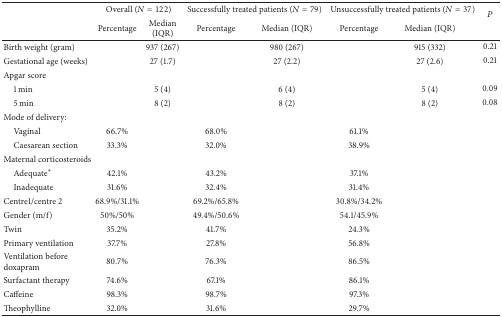
|  | <COLSPAN=2> Overall (N = 122) | <COLSPAN=2> Successfully treated patients (N = 79) | <COLSPAN=2> Unsuccessfully treated patients (N = 37) | <ROWSPAN=2> P |
 |  | Percentage | Median (IQR) | Percentage | Median (IQR) | Percentage | Median (IQR) |
 | --- | --- | --- | --- | --- | --- | --- | --- |
 | Birth weight (gram) |  | 937 (267) |  | 980 (267) |  | 915 (332) | 0.21 |
 | Gestational age (weeks) |  | 27 (1.7) |  | 27 (2.2) |  | 27 (2.6) | 0.21 |
 | Apgar score |  |  |  |  |  |  |  |
 | 1 min |  | 5 (4) |  | 6 (4) |  | 5 (4) | 0.09 |
 | 5 min |  | 8 (2) |  | 8 (2) |  | 8 (2) | 0.08 |
 | Mode of delivery: |  |  |  |  |  |  |  |
 | Vaginal | 66.7% |  | 68.0% |  | 61.1% |  |  |
 | Caesarean section | 33.3% |  | 32.0% |  | 38.9% |  |  |
 | Maternal corticosteroids |  |  |  |  |  |  |  |
 | Adequate* | 42.1% |  | 43.2% |  | 37.1% |  |  |
 | Inadequate | 31.6% |  | 32.4% |  | 31.4% |  |  |
 | Centre1/centre 2 | 68.9%/31.1% |  | 69.2%/65.8% |  | 30.8%/34.2% |  |  |
 | Gender (m/f) | 50%/50% |  | 49.4%/50.6% |  | 54.1/45.9% |  |  |
 | Twin | 35.2% |  | 41.7% |  | 24.3% |  |  |
 | Primary ventilation | 37.7% |  | 27.8% |  | 56.8% |  |  |
 | Ventilation before doxapram | 80.7% |  | 76.3% |  | 86.5% |  |  |
 | Surfactant therapy | 74.6% |  | 67.1% |  | 86.1% |  |  |
 | Caffeine | 98.3% |  | 98.7% |  | 97.3% |  |  |
 | Theophylline | 32.0% |  | 31.6% |  | 29.7% |  |  |